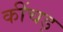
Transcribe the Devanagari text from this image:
कींचड़